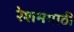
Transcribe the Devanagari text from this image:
रेशमगाठी